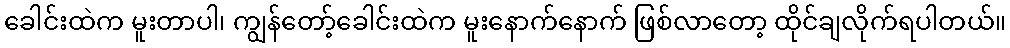
ခေါင်းထဲက မူးတာပါ၊ ကျွန်တော့်ခေါင်းထဲက မူးနောက်နောက် ဖြစ်လာတော့ ထိုင်ချလိုက်ရပါတယ်။